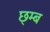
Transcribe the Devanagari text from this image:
छ्म्ब